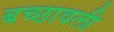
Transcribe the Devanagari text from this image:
बच्छावली